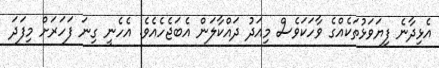
އެޅިދާނެ ފިޔަވަޅުތަކެއްގެ ވާހަކަވެސް މިއަދު ދައްކާލަން އެބަޖެހެއެވެ. އެހެނީ ގިނަ ފަހަރަށް މިފަދަ